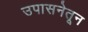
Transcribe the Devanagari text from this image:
उपासनेतून